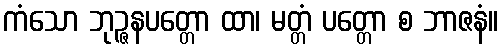
ကံသော ဘုဉ္ဇနပတ္တော ထာ၊ မတ္တံ ပတ္တော စ ဘာဇနံ။